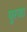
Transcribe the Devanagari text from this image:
पुरजा